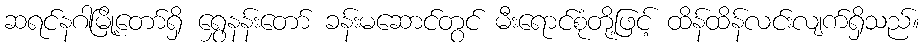
ဆရင်နဂါမြို့တော်ရှိ ရွှေနန်းတော် ခန်းမဆောင်တွင် မီးရောင်စုံတို့ဖြင့် ထိန်ထိန်လင်းလျက်ရှိသည်။